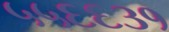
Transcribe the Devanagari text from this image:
५५६६३१